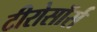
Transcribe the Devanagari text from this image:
टीरोसॉर्स